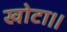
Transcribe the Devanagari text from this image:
खोटा।।